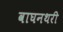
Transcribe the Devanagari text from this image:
वाघनथरी